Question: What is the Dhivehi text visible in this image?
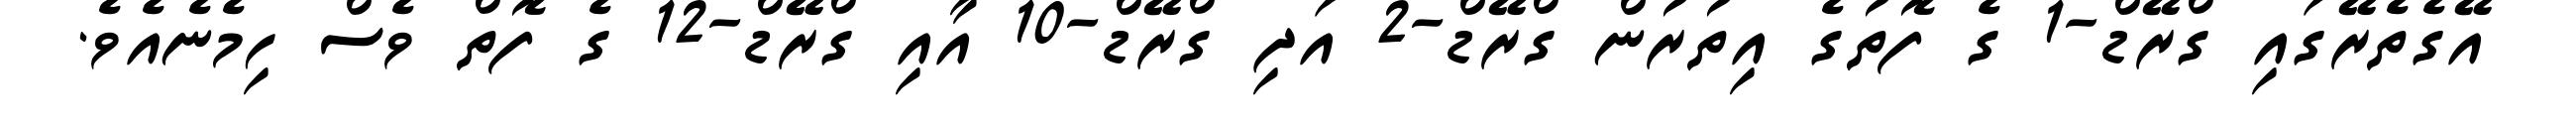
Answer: އޭގެތެރޭގައި ގްރޭޑް-1 ގެ ފޮތުގެ އިތުރުން ގްރޭޑް-2 އަދި ގްރޭޑް-10 އާއި ގްރޭޑް-12 ގެ ފޮތް ވެސް ހިމެނެއެވެ.